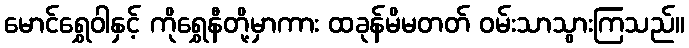
မောင်ရွှေဝါနှင့် ကိုရွှေနီတို့မှာကား ထခုန်မိမတတ် ဝမ်းသာသွားကြသည်။